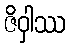
ဇိဝှါဿ